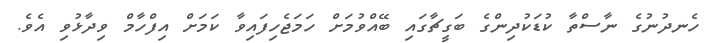
ހެނދުނުގެ ނާސްތާ ކުޑަކުދިންގެ ބަގީޗާގައި ބޭއްވުމަށް ހަމަޖެހިފައިވާ ކަމަށް އިފްހާމް ވިދާޅުވި އެވެ.